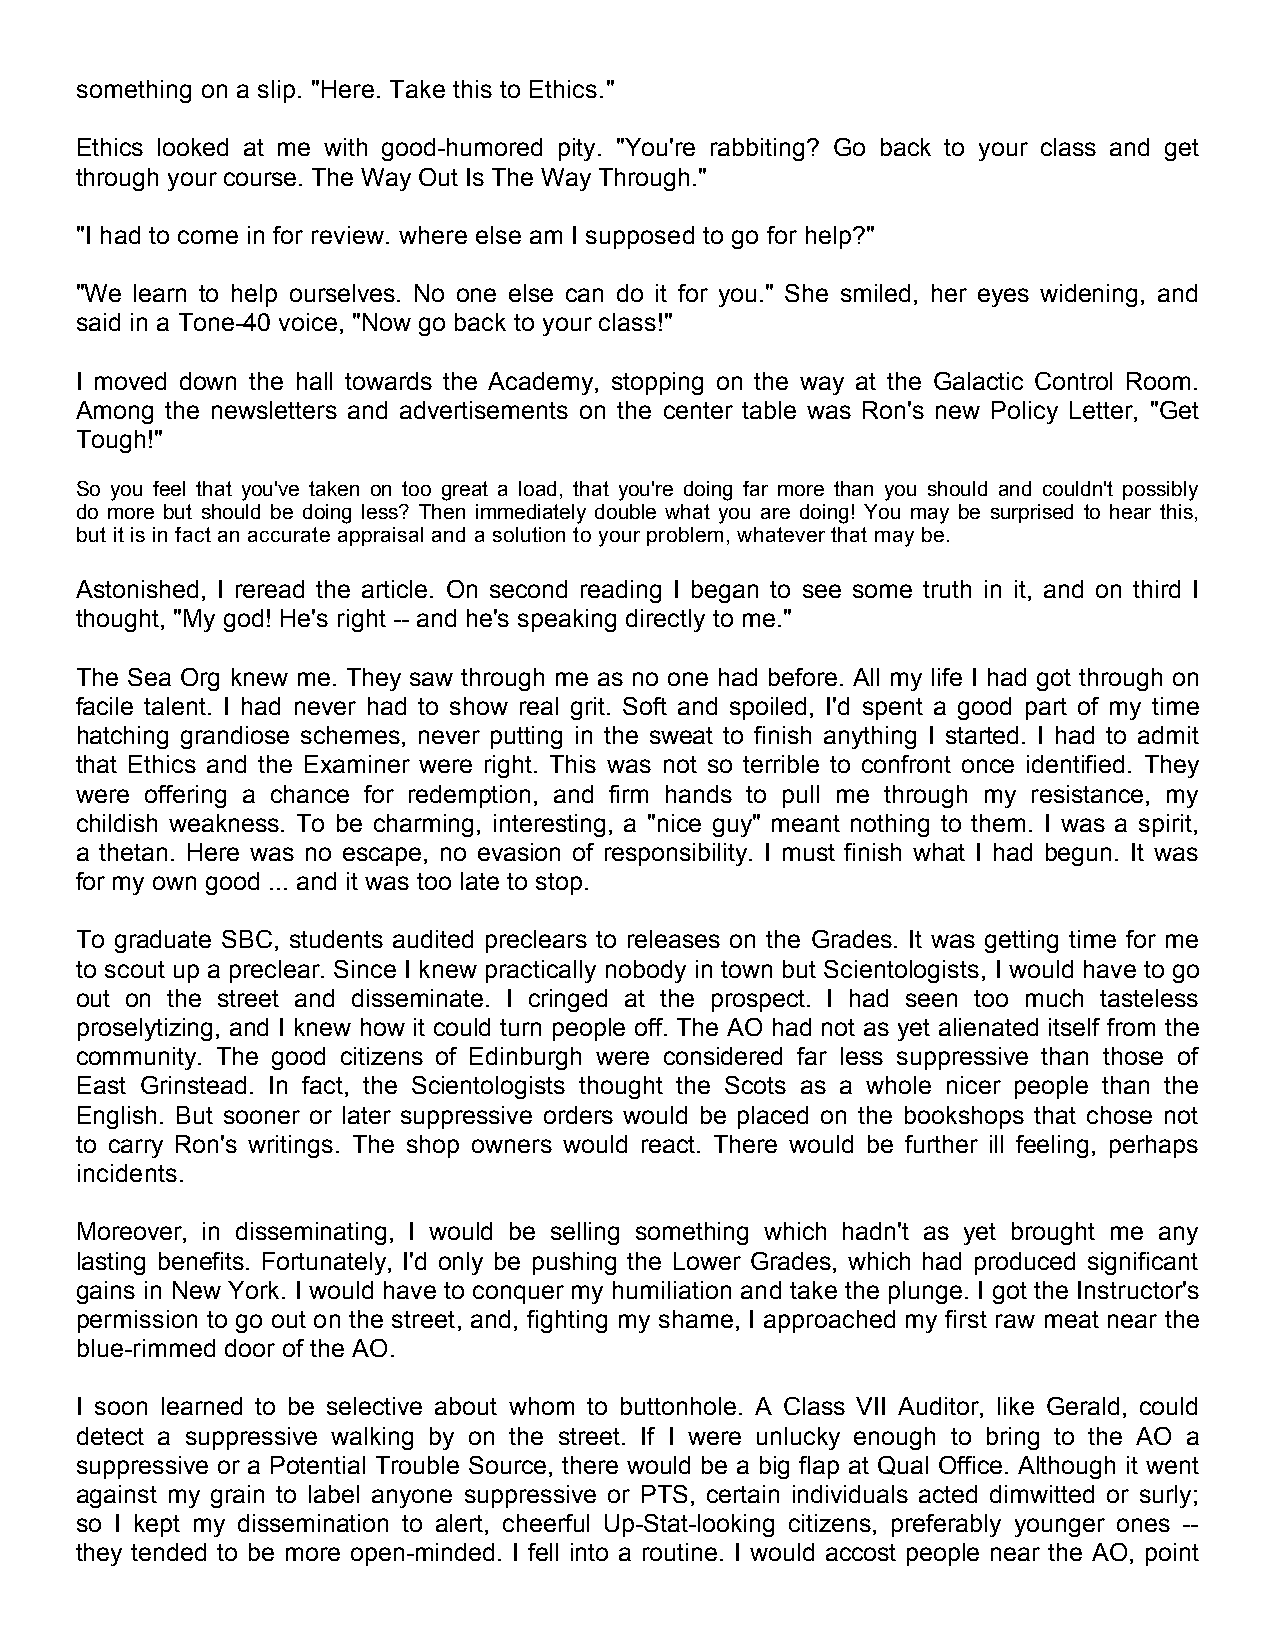
something on a slip. "Here. Take this to Ethics."
 Ethics looked at me with good-humored pity. "You're rabbiting? Go back to your class and get
 through your course. The Way Out Is The Way Through."
 "I had to come in for review. where else am I supposed to go for help?"
 "We learn to help ourselves. No one else can do it for you." She smiled, her eyes widening, and
 said in a Tone-40 voice, "Now go back to your class!"
 I moved down the hall towards the Academy, stopping on the way at the Galactic Control Room.
 Among the newsletters and advertisements on the center table was Ron's new Policy Letter, "Get
 Tough!"
 So you feel that you've taken on too great a load, that you're doing far more than you should and couldn't possibly
 do more but should be doing less? Then immediately double what you are doing! You may be surprised to hear this,
 but it is in fact an accurate appraisal and a solution to your problem, whatever that may be.
 Astonished, I reread the article. On second reading I began to see some truth in it, and on third I
 thought, "My god! He's right -- and he's speaking directly to me."
 The Sea Org knew me. They saw through me as no one had before. All my life I had got through on
 facile talent. I had never had to show real grit. Soft and spoiled, I'd spent a good part of my time
 hatching grandiose schemes, never putting in the sweat to finish anything I started. I had to admit
 that Ethics and the Examiner were right. This was not so terrible to confront once identified. They
 were offering a chance for redemption, and firm hands to pull me through my resistance, my
 childish weakness. To be charming, interesting, a "nice guy" meant nothing to them. I was a spirit,
 a thetan. Here was no escape, no evasion of responsibility. I must finish what I had begun. It was
 for my own good ... and it was too late to stop.
 To graduate SBC, students audited preclears to releases on the Grades. It was getting time for me
 to scout up a preclear. Since I knew practically nobody in town but Scientologists, I would have to go
 out on the street and disseminate. I cringed at the prospect. I had seen too much tasteless
 proselytizing, and I knew how it could turn people off. The AO had not as yet alienated itself from the
 community. The good citizens of Edinburgh were considered far less suppressive than those of
 East Grinstead. In fact, the Scientologists thought the Scots as a whole nicer people than the
 English. But sooner or later suppressive orders would be placed on the bookshops that chose not
 to carry Ron's writings. The shop owners would react. There would be further ill feeling, perhaps
 incidents.
 Moreover, in disseminating, I would be selling something which hadn't as yet brought me any
 lasting benefits. Fortunately, I'd only be pushing the Lower Grades, which had produced significant
 gains in New York. I would have to conquer my humiliation and take the plunge. I got the Instructor's
 permission to go out on the street, and, fighting my shame, I approached my first raw meat near the
 blue-rimmed door of the AO.
 I soon learned to be selective about whom to buttonhole. A Class VII Auditor, like Gerald, could
 detect a suppressive walking by on the street. If I were unlucky enough to bring to the AO a
 suppressive or a Potential Trouble Source, there would be a big flap at Qual Office. Although it went
 against my grain to label anyone suppressive or PTS, certain individuals acted dimwitted or surly;
 so I kept my dissemination to alert, cheerful Up-Stat-looking citizens, preferably younger ones --
 they tended to be more open-minded. I fell into a routine. I would accost people near the AO, point